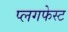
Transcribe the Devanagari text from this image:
प्लगफेस्ट